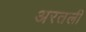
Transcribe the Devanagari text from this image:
अरतली